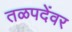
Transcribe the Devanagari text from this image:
तळपदेंवर